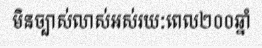
មិនច្បាស់លាស់អស់រយៈពេល២០០ឆ្នាំ